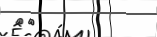
٥٨